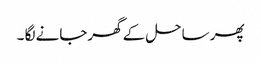
پھر ساحل کے گھرجانے لگا ۔